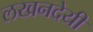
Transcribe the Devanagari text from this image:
लखनदेयी